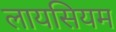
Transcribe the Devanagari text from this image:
लायसियम